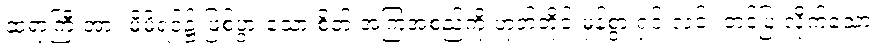
ဆရာကြီးအား မိမိရင်၌ ဖြစ်ပွားသော စိတ် အကြံအစည်ကို ဟုတ်တိုင်းမှန်စွာ ရှင်းလင်း တင်ပြ လိုက်သော